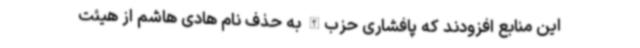
این منابع افزودند که پافشاری حزب‌الله به حذف نام هادی هاشم از هیئت